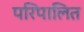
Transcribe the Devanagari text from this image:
परिपालित